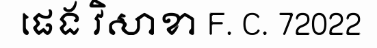
ផេង វិសាខា F. C. 72022